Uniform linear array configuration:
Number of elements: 16
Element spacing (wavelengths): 0.75
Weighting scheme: cosine
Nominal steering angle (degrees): -15
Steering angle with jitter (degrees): -13.156
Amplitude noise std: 0.05
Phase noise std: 0.05

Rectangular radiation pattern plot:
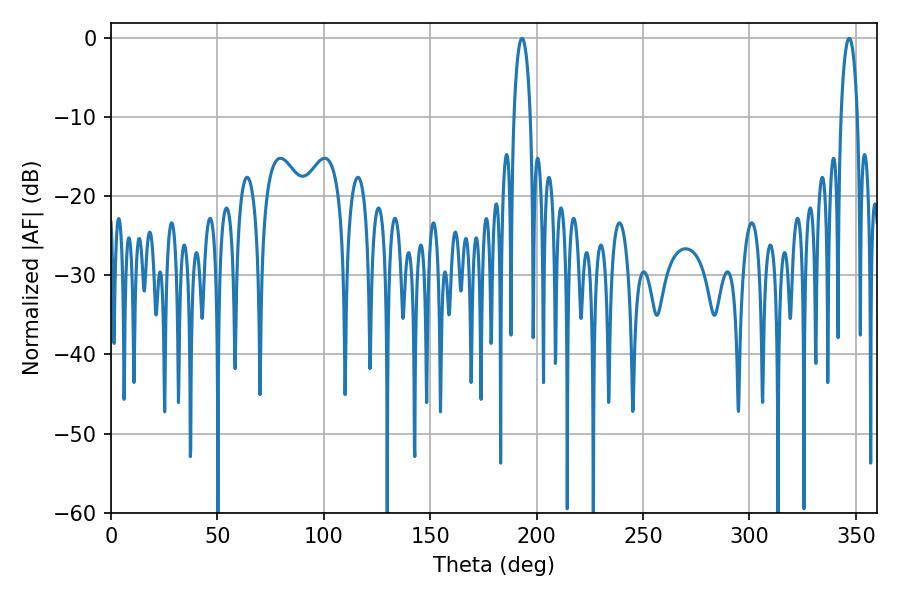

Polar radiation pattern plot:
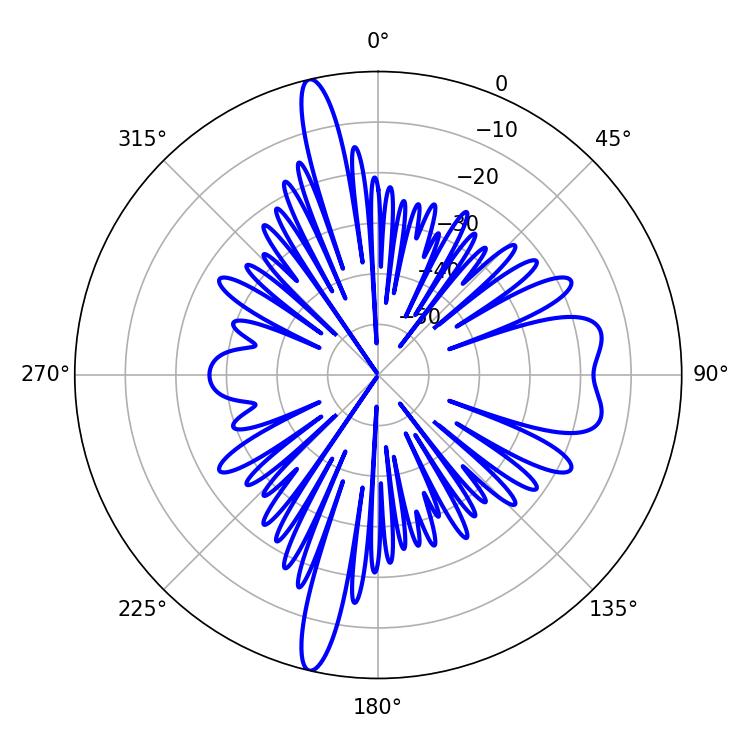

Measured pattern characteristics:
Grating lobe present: TRUE
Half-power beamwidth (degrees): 4.32
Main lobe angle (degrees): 193.14